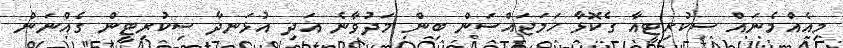
މިއެއްމެނައް ސިކުރިޓީއާ ގެކޮޅާ ހަމަޖައްސަން ބިން މަދުވާނެ އަދި އުޅަނދާ ސިކުރިޓީން ގެއްނަން